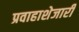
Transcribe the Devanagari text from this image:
प्रवाहाशेजारी